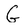
Character: G